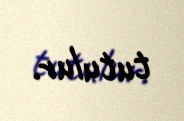
tutulur.